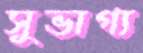
সুভাগ্য